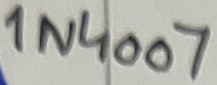
Text: 1N4007